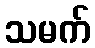
သမက်